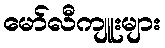
မော်လီကျူးများ